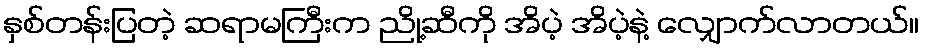
နှစ်တန်းပြတဲ့ ဆရာမကြီးက ညို့ဆီကို အိပဲ့ အိပဲ့နဲ့ လျှောက်လာတယ်။